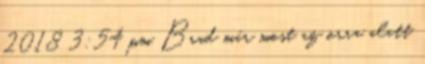
2018 3:54 pm Brad már most az orra alatt